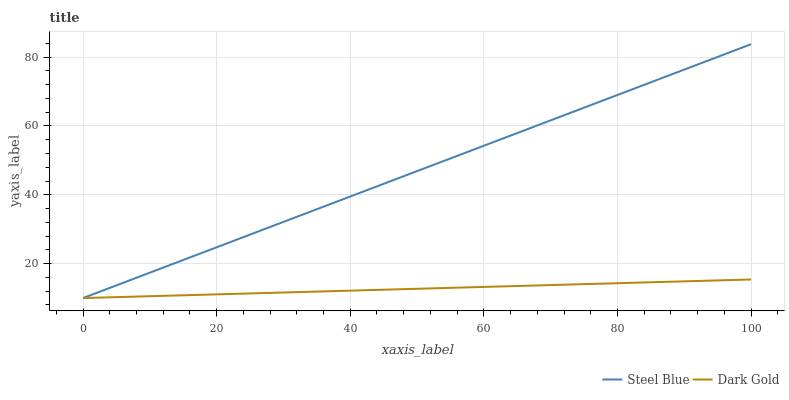
| xaxis_label | Steel Blue | Dark Gold |
 | --- | --- | --- |
 | 0 | 10 | 10 |
 | 7.14 | 15.3 | 10.4 |
 | 14.3 | 20.5 | 10.8 |
 | 21.4 | 25.8 | 11.2 |
 | 28.6 | 31.1 | 11.5 |
 | 35.7 | 36.3 | 11.9 |
 | 42.9 | 41.6 | 12.3 |
 | 50 | 46.9 | 12.7 |
 | 57.1 | 52.2 | 13.1 |
 | 64.3 | 57.4 | 13.5 |
 | 71.4 | 62.7 | 13.9 |
 | 78.6 | 68 | 14.2 |
 | 85.7 | 73.2 | 14.6 |
 | 92.9 | 78.5 | 15 |
 | 100 | 83.8 | 15.4 |